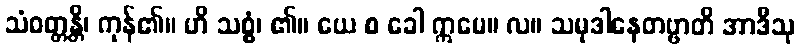
သံဝတ္တန္တိ၊ ကုန်၏။ ဟိ သစ္စံ၊ ၏။ ယေ စ ခေါ ဣမေ။ လ။ သမုဒါနေတဗ္ဗာတိ အာဒီသု